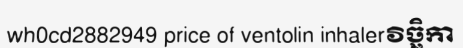
wh0cd2882949 price of ventolin inhalerវិច្ឆិកា